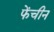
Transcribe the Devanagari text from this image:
फेंचीन